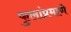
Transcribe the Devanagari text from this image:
फुलांप्रमाणे